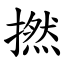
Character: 撚